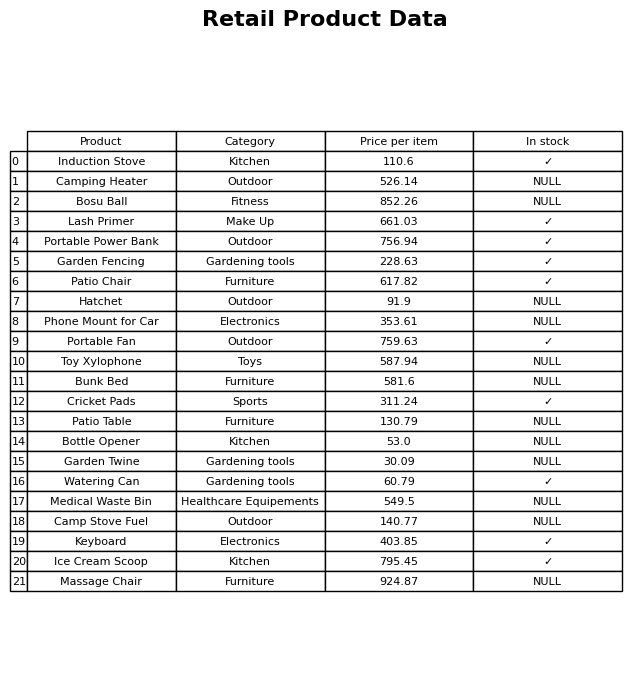
question: What is the price of the Phone Mount for Car?
answer: The price of Phone Mount for Car is 353.61.